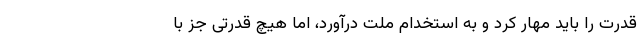
قدرت را باید مهار کرد و به استخدام ملت درآورد، اما هیچ قدرتی جز با